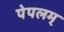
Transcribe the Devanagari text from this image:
पेपलम्